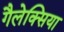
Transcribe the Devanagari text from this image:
गैलेक्सिया